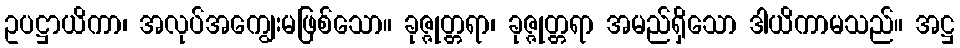
ဥပဋ္ဌာယိကာ၊ အလုပ်အကျွေးမဖြစ်သော။ ခုဇ္ဇုတ္တရာ၊ ခုဇ္ဇုတ္တရာ အမည်ရှိသော ဒါယိကာမသည်။ အဋ္ဌ